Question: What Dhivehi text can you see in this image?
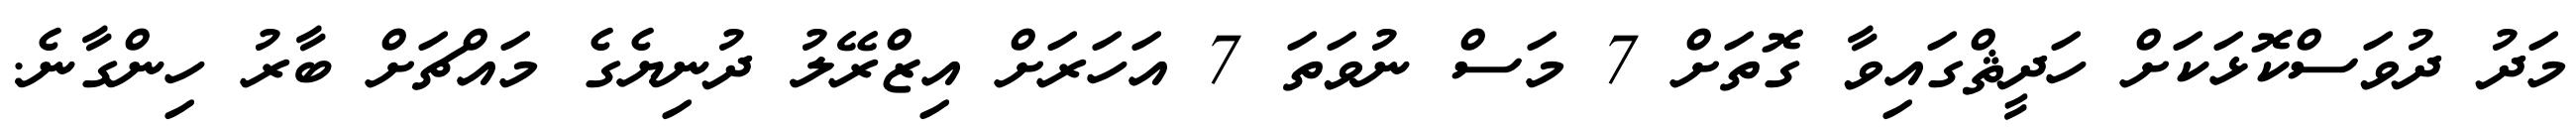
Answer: މަދު ދުވަސްކޮޅަކަށް ހަދީޘްގައިވާ ގޮތަށް 7 މަސް ނުވަތަ 7 އަހަރަށް އިޒްރޭލު ދުނިޔެގެ މައްޗަށް ބާރު ހިންގާނެ.